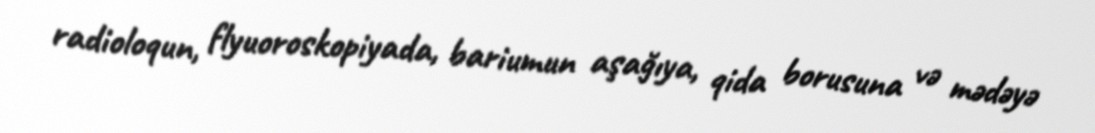
radioloqun, flyuoroskopiyada, bariumun aşağıya, qida borusuna və mədəyə